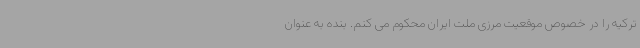
ترکیه را در خصوص موقعیت مرزی ملت ایران محکوم می کنم. بنده به عنوان